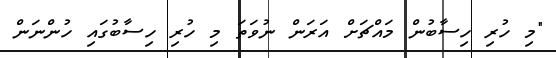
"މި ހުރި ހިސާބުން މައްޗަށް އަރަން ނުވަތަ މި ހުރި ހިސާބުގައި ހުންނަން